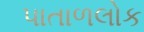
પાતાળલોક